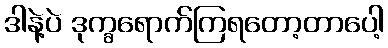
ဒါနဲ့ပဲ ဒုက္ခရောက်ကြရတော့တာပေါ့